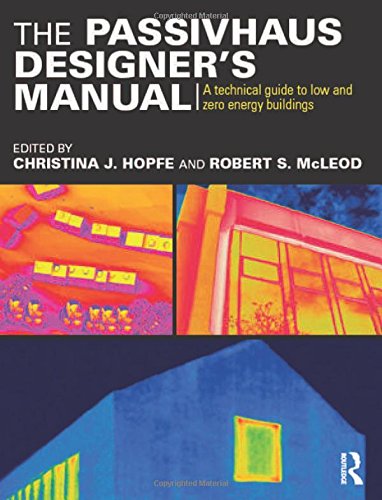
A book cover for The Passivhaus Designer's Manual: A technical guide to low and zero energy buildings; Crafts, Hobbies & Home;